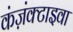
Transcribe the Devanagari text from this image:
कंज़ंक्टाइवा